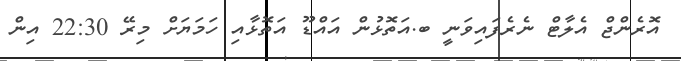
އޮރެންޖް އެލާޓް ނެރެފައިވަނީ ބ.އަތޮޅުން އައްޑޫ އަތޮޅާއި ހަމަޔަށް މިރޭ 22:30 އިން